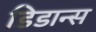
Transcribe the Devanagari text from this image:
डिडान्स